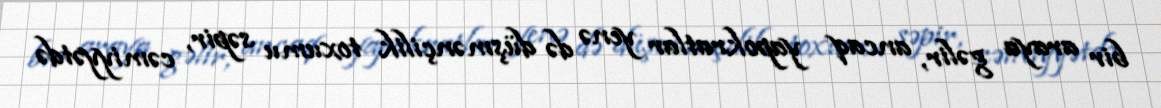
bir araya gəlir, ancaq yapokratlar yenə də düşmənçilik toxumu səpir, cəmiyyətdə